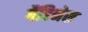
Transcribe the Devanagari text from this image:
गैंडिनेस